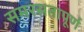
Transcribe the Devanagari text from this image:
समरसतापूर्ण